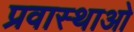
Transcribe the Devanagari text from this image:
प्रवास्थाओ